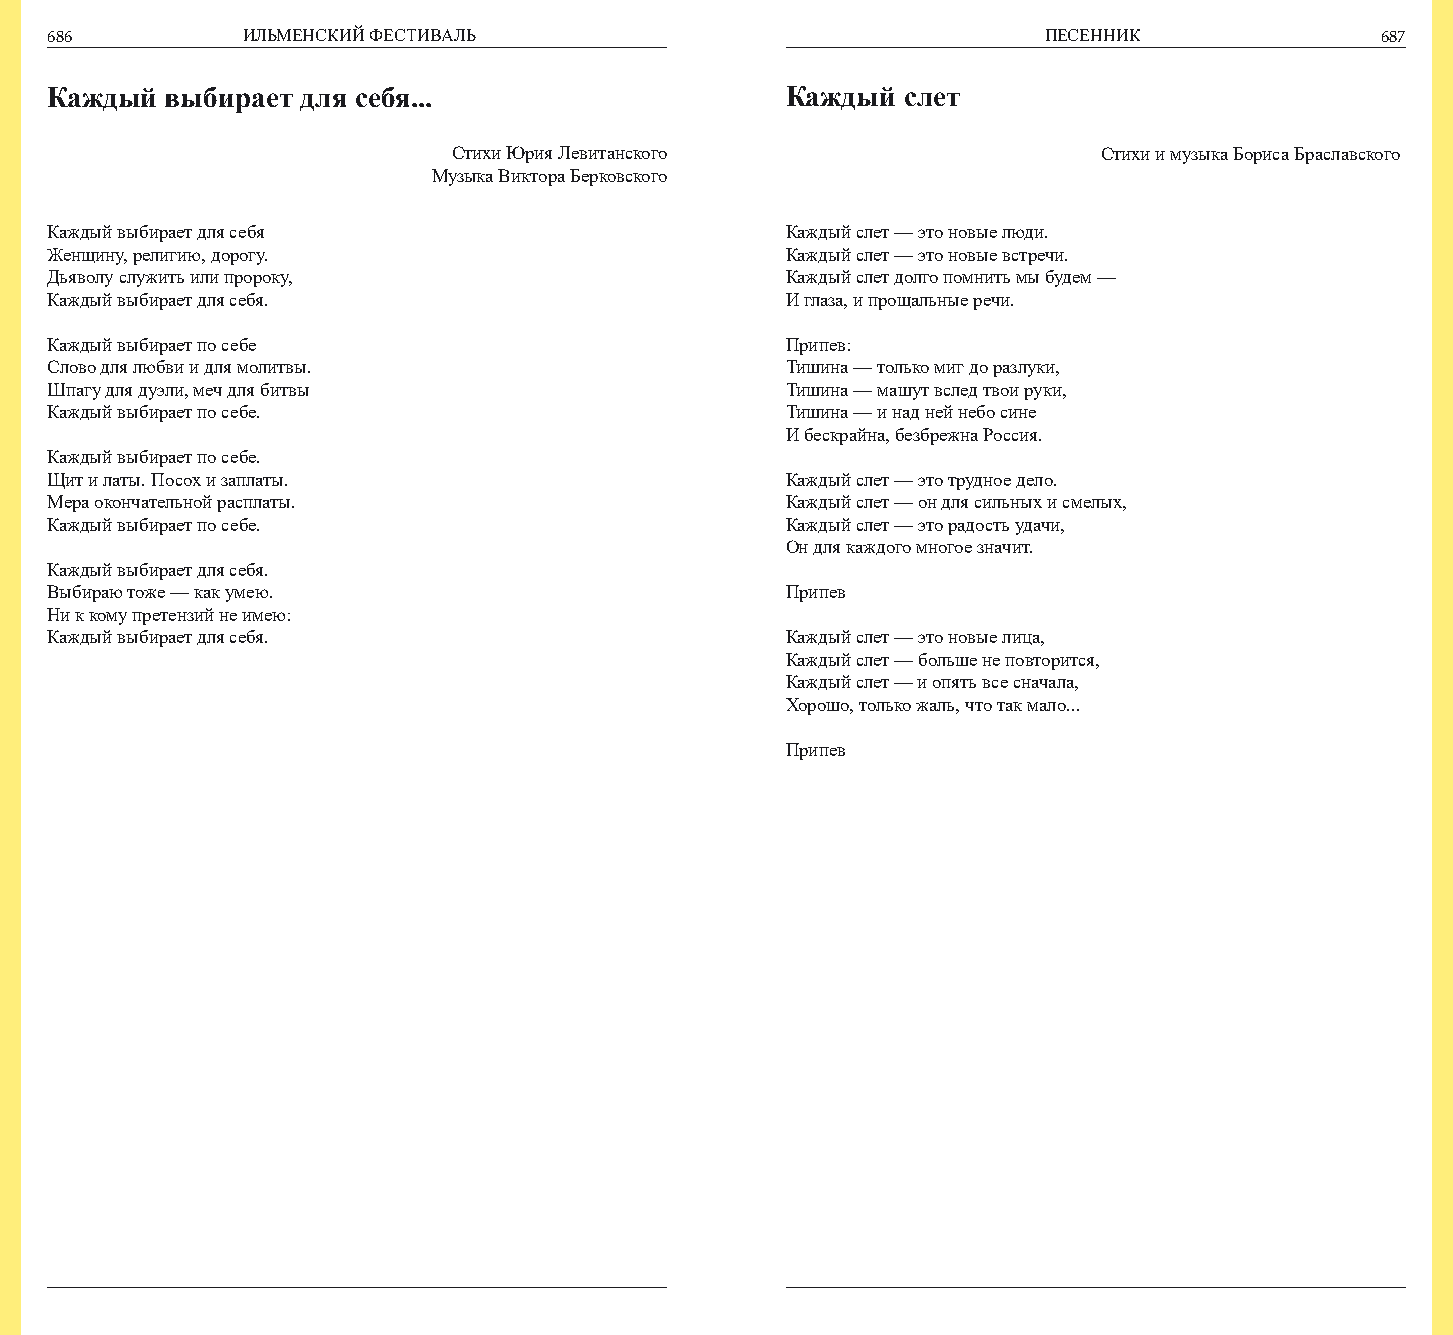
686          ИЛЬМЕНСКИЙ ФЕСТИВАЛЬ                                 ПЕСЕННИК              687
 Каждый  выбирает для себя...                     Каждый  слет
 Стихи Юрия Левитанского                    Стихи и музыка Бориса Браславского
 Музыка Виктора Берковского
 Каждый выбирает для себя                         Каждый слет — это новые люди.
 Женщину, религию, дорогу.                        Каждый слет — это новые встречи.
 Дьяволу служить или пророку,                     Каждый слет долго помнить мы будем —
 Каждый выбирает для себя.                        И глаза, и прощальные речи.
 Каждый выбирает по себе                          Припев:
 Слово для любви и для молитвы.                   Тишина — только миг до разлуки,
 Шпагу для дуэли, меч для битвы                   Тишина — машут вслед твои руки,
 Каждый выбирает по себе.                         Тишина — и над ней небо сине
 И бескрайна, безбрежна Россия.
 Каждый выбирает по себе.
 Щит и латы. Посох и заплаты.                     Каждый слет — это трудное дело.
 Мера окончательной расплаты.                     Каждый слет — он для сильных и смелых,
 Каждый выбирает по себе.                         Каждый слет — это радость удачи,
 Он для каждого многое значит.
 Каждый выбирает для себя.
 Выбираю тоже — как умею.                         Припев
 Ни к кому претензий не имею:
 Каждый выбирает для себя.                        Каждый слет — это новые лица,
 Каждый слет — больше не повторится,
 Каждый слет — и опять все сначала,
 Хорошо, только жаль, что так мало...
 Припев